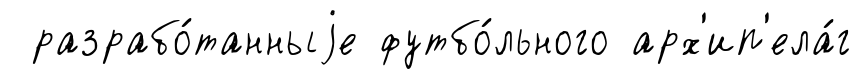
разрабо́танныjе футбо́льного арх'ип'ела́г